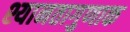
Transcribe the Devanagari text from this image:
श्यानतागुणाक